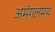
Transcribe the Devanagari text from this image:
अमंगलमय